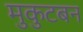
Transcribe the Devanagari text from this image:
मुकुटबन